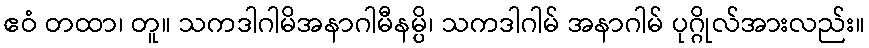
ဧဝံ တထာ၊ တူ။ သကဒါဂါမိအနာဂါမီနမ္ပိ၊ သကဒါဂါမ် အနာဂါမ် ပုဂ္ဂိုလ်အားလည်း။